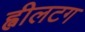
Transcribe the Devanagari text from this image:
ह्वीलटग